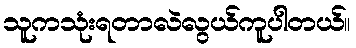
သူကသုံးရတာလဲလွယ်ကူပါတယ်။